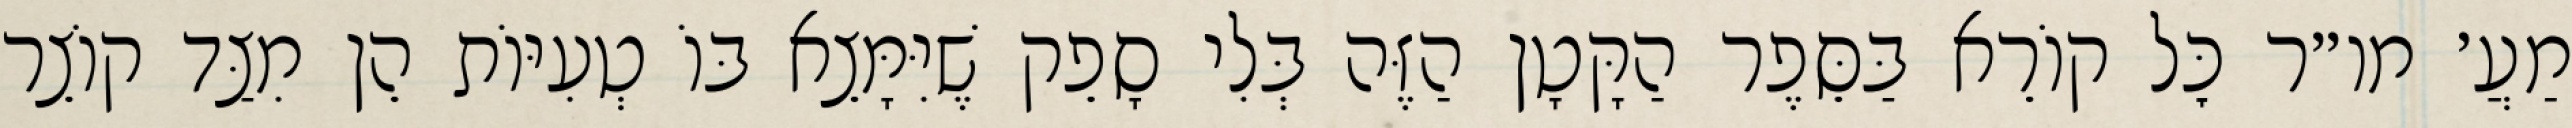
מַעֲ׳ מו״ר כׇּל קוֹרֵא בַּסֵּפֶר הַקָּטָן הַזֶּה בְּלִי סָפֵק שֶׁיִּמָּצֵא בּוֹ טְעִיּוֹת הֵן מִצַּד קוֹצֵר